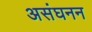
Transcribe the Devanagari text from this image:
असंघनन